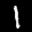
Label: 1